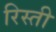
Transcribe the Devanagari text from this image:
रिस्ती